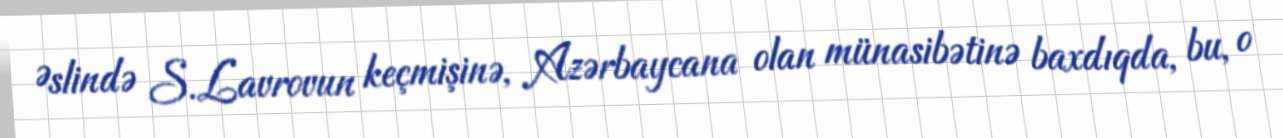
Əslində S.Lavrovun keçmişinə, Azərbaycana olan münasibətinə baxdıqda, bu, o